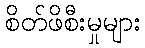
စိတ်ဖိစီးမှုများ